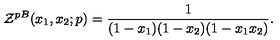
{ \cal Z } ^ { p B } ( x _ { 1 } , x _ { 2 } ; p ) = \frac { 1 } { ( 1 - x _ { 1 } ) ( 1 - x _ { 2 } ) ( 1 - x _ { 1 } x _ { 2 } ) } .